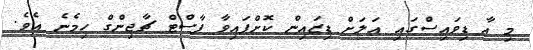
މި އާ ޑިވައިސްގައި އަލަށް ޑިޒައިން ކޮށްފައިވާ ފާސްޓް ޗާޖިންގް ހިމެނެ އެވެ.